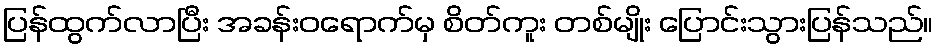
ပြန်ထွက်လာပြီး အခန်းဝရောက်မှ စိတ်ကူး တစ်မျိုး ပြောင်းသွားပြန်သည်။